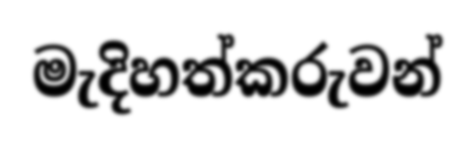
මැදිහත්කරුවන්